Lunatic asylums in Bengal annual reports 1912-1924 - 1912-1924
Year: 1912
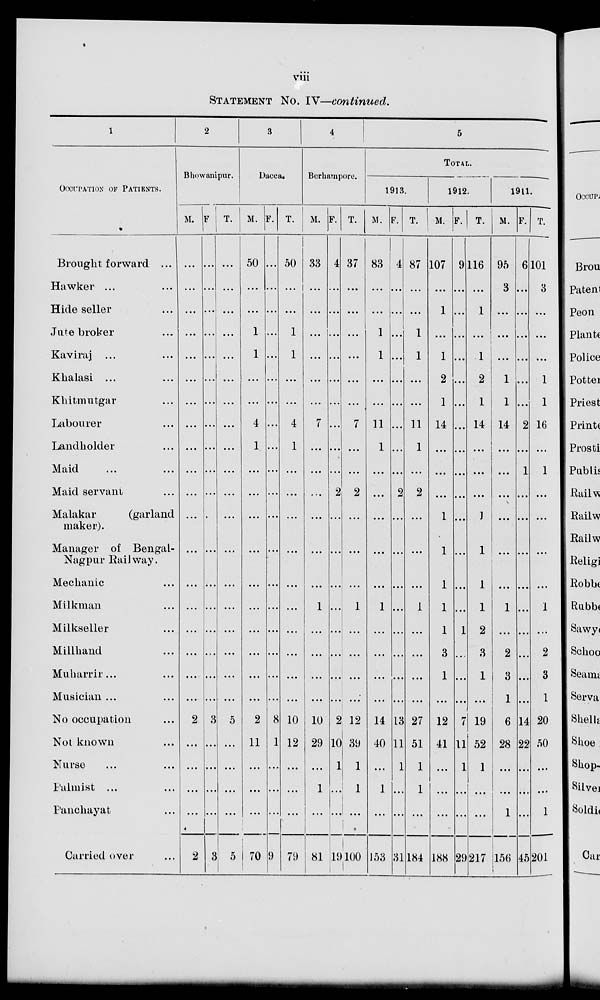
viii
STATEMENT No. IV—continued.
1
OCCUPATION OF PATIENTS.
Brought forward ...
Hawker ... ...
Hide seller ...
Jute broker ...
Kaviraj ...
Klialasi ... ...
Khitmutgar ...
Labourer ...
Landholder ...
Maid ... ...
Maid servant ...
Malakar
(garland
maker).
Manager of Bengal-
Nagpur Railway.
Mechanic ...
Milkman ...
Milkseller ...
Millhand ...
Muharrir ... ...
Musician ... ...
No occupation ...
Not known ...
Nurse ... ...
Palmist ... ...
Panchayat ...
Carried over ...
2
Bhowanipur.
M.
...
...
...
...
...
...
...
...
...
...
...
...
...
...
...
...
...
...
...
2
...
...
...
...
2
F.
...
...
...
...
...
...
...
...
...
...
...
...
...
...
...
...
...
...
...
3
...
...
...
...
3
T.
...
...
...
...
...
...
...
...
...
...
...
...
...
...
...
...
...
...
...
5
...
...
...
...
5
3
Dacca.
M.
50
...
...
1
1
...
...
4
1
...
...
...
...
...
...
...
...
...
...
2
11
...
...
...
70
F.
...
...
...
...
...
...
...
...
...
...
...
...
...
...
...
...
...
...
...
8
1
...
...
...
9
T.
50
...
...
1
1
...
...
4
1
...
...
...
...
...
...
...
...
...
...
10
12
...
...
...
79
4
Berhampore.
M.
33
...
...
...
...
...
...
7
...
...
...
...
...
...
1
...
...
...
...
10
29
...
1
...
81
F.
4
...
...
...
...
...
...
...
...
...
2
...
...
...
...
...
...
...
...
2
10
1
...
...
19
T.
37
...
...
...
...
...
...
7
...
...
2
...
...
...
1
...
...
...
...
12
39
1
1
...
100
5
TOTAL.
1913.
M.
83
...
...
1
1
...
...
11
1
...
...
...
...
...
1
...
...
...
...
14
40
...
1
...
153
F.
4
...
...
...
...
...
...
...
...
...
2
...
...
...
...
...
...
...
...
13
11
1
...
...
31
T.
87
...
...
1
1
...
...
11
1
...
2
...
...
...
1
...
...
...
...
27
51
1
1
...
184
1912.
M.
107
...
1
...
1
2
1
14
...
...
...
1
1
1
1
1
3
1
...
12
41
...
...
...
188
F.
9
...
...
...
...
...
...
...
...
...
...
...
...
...
...
1
...
...
...
7
11
1
...
...
29
T.
116
...
1
...
1
2
1
14
...
...
...
1
1
1
1
2
3
1
...
19
52
1
...
...
217
1911.
M.
95
3
...
...
...
1
1
14
...
...
...
...
...
...
1
...
2
3
1
6
28
...
...
1
156
F.
6
...
...
...
...
...
...
2
...
1
...
...
...
...
...
...
...
...
...
14
22
...
...
...
45
T.
101
3
...
...
...
1
1
16
...
1
...
...
...
...
1
...
2
3
1
20
50
...
...
1
201